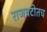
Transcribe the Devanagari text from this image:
राजवटीतच